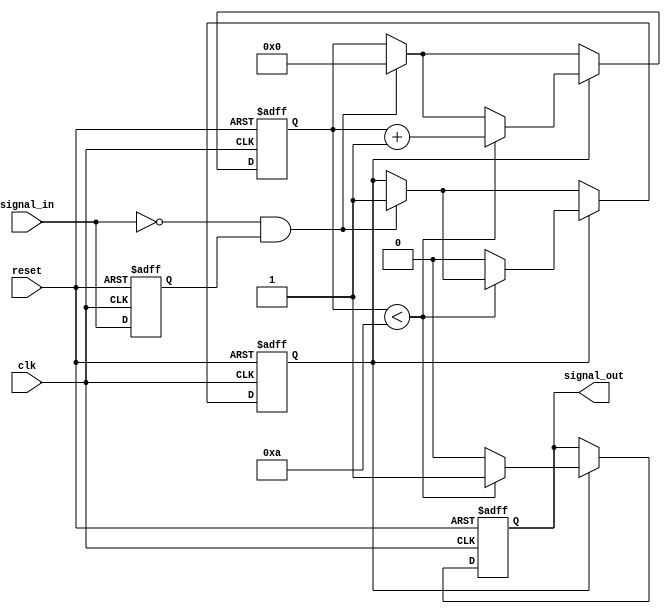
module monostable_edge_detector #(
    parameter PULSE_WIDTH = 10, // Width of the pulse in clock cycles
    parameter EDGE_DETECTION = 2 // 0 - No edge, 1 - Rising edge, 2 - Falling edge, 3 - Both edges
)(
    input wire clk,               // Clock signal
    input wire reset,             // Asynchronous reset signal
    input wire signal_in,         // Input signal to detect edges
    output reg signal_out         // Output pulse
);

    // State storage
    reg signal_in_prev;           // Previous state of the input signal
    reg [3:0] pulse_counter;      // Counter for pulse width
    reg pulse_active;             // Indicates if pulse is active

    // Edge detection logic
    wire rising_edge = (signal_in && !signal_in_prev);
    wire falling_edge = (!signal_in && signal_in_prev);
    
    always @(posedge clk or posedge reset) begin
        if (reset) begin
            signal_in_prev <= 1'b0;
            signal_out <= 1'b0;
            pulse_counter <= 0;
            pulse_active <= 1'b0;
        end else begin
            signal_in_prev <= signal_in;

            // Edge detection based on configuration
            if ((EDGE_DETECTION == 1 && rising_edge) || 
                (EDGE_DETECTION == 2 && falling_edge) || 
                (EDGE_DETECTION == 3 && (rising_edge || falling_edge))) begin
                
                pulse_active <= 1'b1;  // Activate pulse
                pulse_counter <= 0;     // Reset pulse counter
            end

            // Pulse generation logic
            if (pulse_active) begin
                if (pulse_counter < PULSE_WIDTH) begin
                    signal_out <= 1'b1;      // Drive output high
                    pulse_counter <= pulse_counter + 1; // Increment counter
                end else begin
                    signal_out <= 1'b0;      // Drive output low
                    pulse_active <= 1'b0;     // Deactivate pulse
                end
            end
        end
    end
endmodule